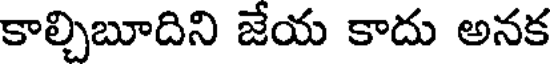
కాల్చిబూదిని జేయ కాదు అనక